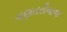
ગણતરીબાજ